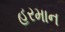
હરમાન